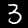
Digit: 3